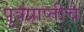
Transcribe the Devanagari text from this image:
पुत्रप्राप्‍तीचे